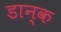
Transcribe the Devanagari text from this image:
डान्क